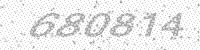
Solution: 680814